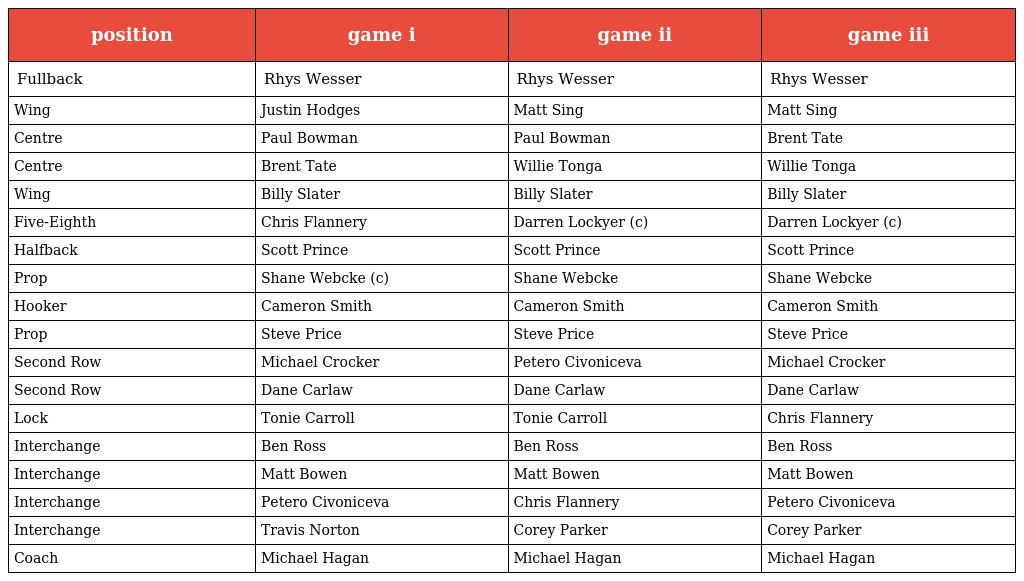
| position | game i | game ii | game iii |
 | --- | --- | --- | --- |
 | Fullback | Rhys Wesser | Rhys Wesser | Rhys Wesser |
 | Wing | Justin Hodges | Matt Sing | Matt Sing |
 | Centre | Paul Bowman | Paul Bowman | Brent Tate |
 | Centre | Brent Tate | Willie Tonga | Willie Tonga |
 | Wing | Billy Slater | Billy Slater | Billy Slater |
 | Five-Eighth | Chris Flannery | Darren Lockyer (c) | Darren Lockyer (c) |
 | Halfback | Scott Prince | Scott Prince | Scott Prince |
 | Prop | Shane Webcke (c) | Shane Webcke | Shane Webcke |
 | Hooker | Cameron Smith | Cameron Smith | Cameron Smith |
 | Prop | Steve Price | Steve Price | Steve Price |
 | Second Row | Michael Crocker | Petero Civoniceva | Michael Crocker |
 | Second Row | Dane Carlaw | Dane Carlaw | Dane Carlaw |
 | Lock | Tonie Carroll | Tonie Carroll | Chris Flannery |
 | Interchange | Ben Ross | Ben Ross | Ben Ross |
 | Interchange | Matt Bowen | Matt Bowen | Matt Bowen |
 | Interchange | Petero Civoniceva | Chris Flannery | Petero Civoniceva |
 | Interchange | Travis Norton | Corey Parker | Corey Parker |
 | Coach | Michael Hagan | Michael Hagan | Michael Hagan |